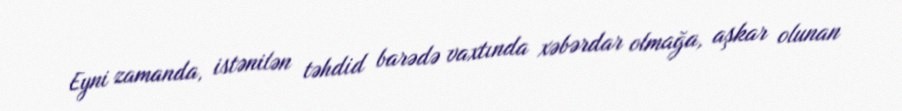
Eyni zamanda, istənilən təhdid barədə vaxtında xəbərdar olmağa, aşkar olunan